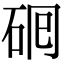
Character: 𬒅